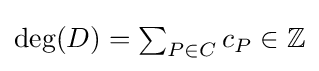
{\textstyle \deg(D)=\sum _{P\in C}{c_{P}}\in \mathbb {Z} }